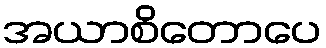
အယာစိတောပေ